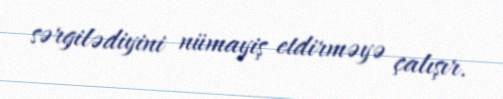
sərgilədiyini nümayiş etdirməyə çalışır.